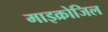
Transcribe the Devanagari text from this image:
माइक्रोजिल